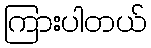
ကြားပါတယ်